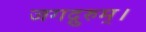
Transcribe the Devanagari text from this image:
जगद्गुरुम्।